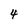
Character: 4